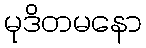
မုဒိတမနော